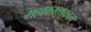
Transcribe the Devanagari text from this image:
महाकाव्‍यकाल